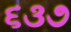
૬૩૭